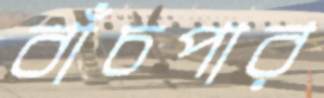
বাঁচপার